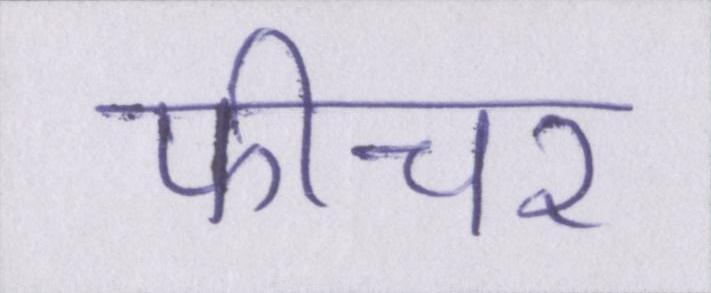
फीचर